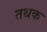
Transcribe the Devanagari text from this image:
तथक